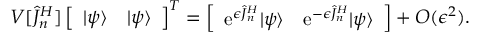
V [ \hat { J } _ { n } ^ { H } ] \left[ \begin{array} { l l } { | \psi \rangle } & { | \psi \rangle } \end{array} \right] ^ { T } = \left[ \begin{array} { l l } { \mathrm { e } ^ { \epsilon \hat { J } _ { n } ^ { H } } | \psi \rangle } & { \mathrm { e } ^ { - \epsilon \hat { J } _ { n } ^ { H } } | \psi \rangle } \end{array} \right] + O ( \epsilon ^ { 2 } ) .